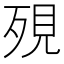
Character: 𪵄